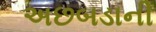
અછબડાની